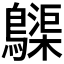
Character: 𪆫